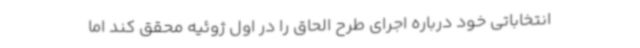
انتخاباتی خود درباره اجرای طرح الحاق را در اول ژوئیه محقق کند اما